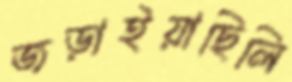
জড়াইয়াছিলি